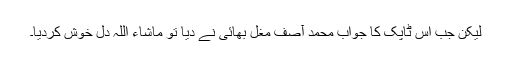
لیکن جب اس ٹاپک کا جواب محمد آصف مغل بھائی نے دیا تو ماشاء اللہ دل خوش کردیا۔